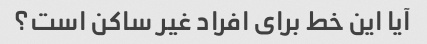
آیا این خط برای افراد غیر ساکن است؟